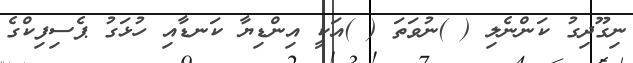
ނިގޫދިގު ކަންނެލި ( )ނުވަތަ ( )އަކީ އިންޑިޔާ ކަނޑާއި ހުޅަގު ޕެސިފިކްގެ